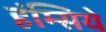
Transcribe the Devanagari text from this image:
हंम्सिये